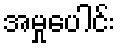
အမှုပေါင်း